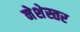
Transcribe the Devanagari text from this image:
नेशेस्तर